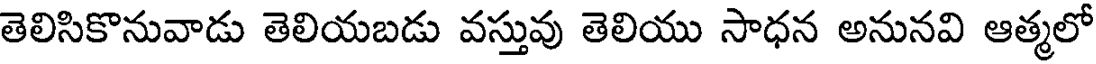
తెలిసికొనువాడు తెలియబడు వస్తువు తెలియు సాధన అనునవి ఆత్మలో